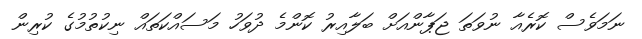
ނަމަވެސް ކޮރެއާ ނުވަތަ ޖަޕާންއަށް ބަލާއިރު ކޮންމެ ދުވަހު މަސައްކަތައް ނިކުތުމުގެ ކުރިން